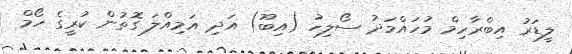
ލީޑަރު އިބްރާހިމް މުހައްމަދު ސޯލިހު (އިބޫ) އަދި އަމިއްލަ ގޮތުން ކުރީގެ ހޯމް